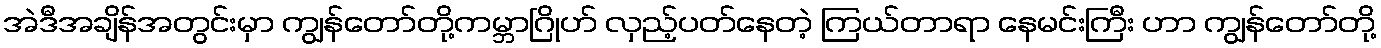
အဲဒီအချိန်အတွင်းမှာ ကျွန်တော်တို့ကမ္ဘာဂြိုဟ် လှည့်ပတ်နေတဲ့ ကြယ်တာရာ နေမင်းကြီး ဟာ ကျွန်တော်တို့